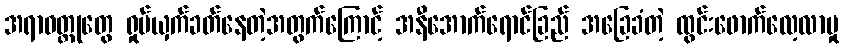
အရာဝတ္ထုတွေ ရှုပ်ယှက်ခတ်နေတဲ့အတွက်ကြောင့် အနီအောက်ရောင်ခြည် အခြေခံတဲ့ ထွင်းဖောက်လေ့လာမှု